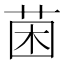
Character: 𮏄